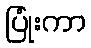
ပြုံးကာ